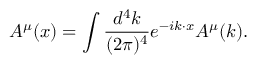
{ A ^ { \mu } } ( x ) = \int { \frac { d ^ { 4 } k } { ( 2 \pi ) ^ { 4 } } } e ^ { - i k \cdot x } { A ^ { \mu } } ( k ) .